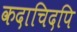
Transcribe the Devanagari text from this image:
कदाचिदपि